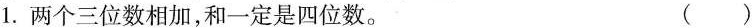
1.两个三位数相加，和一定是四位数。（ ）